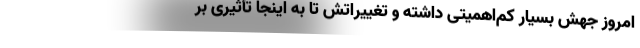
امروز جهش بسیار کم‌اهمیتی داشته و تغییراتش تا به اینجا تأثیری بر